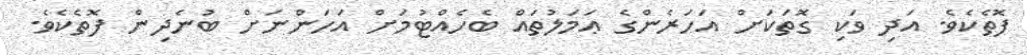
ފޮތެކެވެ. އަދި ވަކި ގޮތަކަށް އަހަރެންގެ ޢަމަލުތައް ބެހެއްޓުމަށް އަހަންނަށް ބުނެދިން ފޮތެކެވެ.